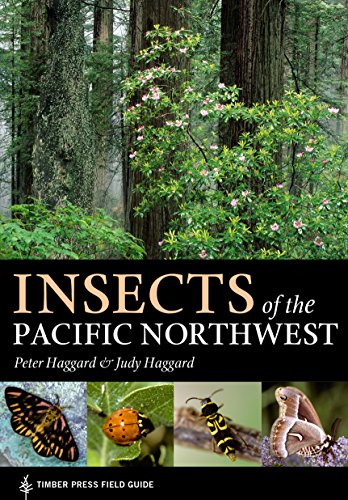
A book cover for Insects of the Pacific Northwest (Timber Press Field Guides); Peter Haggard; Sports & Outdoors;